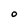
Character: O